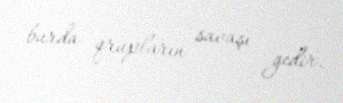
burda qrupların savaşı gedir.